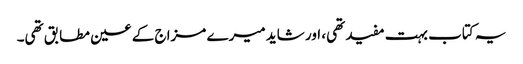
یہ کتاب بہت مفید تھی، اور شاید میرے مزاج کے عین مطابق تھی۔